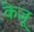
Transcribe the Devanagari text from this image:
केजू